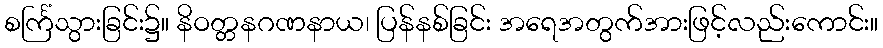
စင်္ကြံသွားခြင်း၌။ နိဝတ္တနဂဏနာယ၊ ပြန်နစ်ခြင်း အရေအတွက်အားဖြင့်လည်းကောင်း။